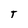
Character: T